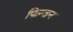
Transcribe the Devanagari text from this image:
फिन्जन